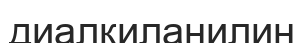
диалкиланилин